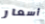
أسعار